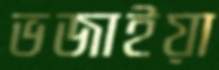
ভজাইয়া